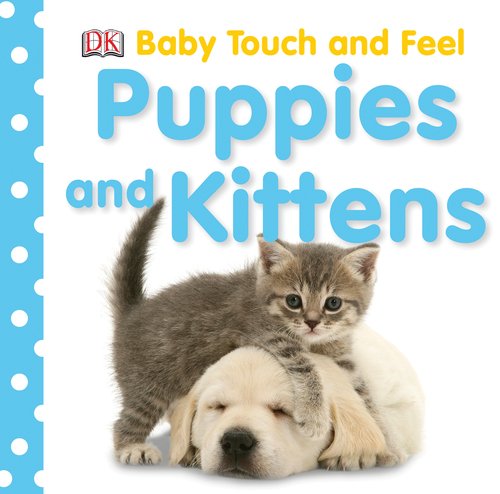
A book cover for Puppies and Kittens (Baby Touch & Feel); Dorling Kindersley; Children's Books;